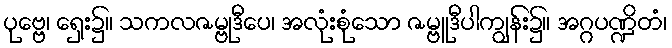
ပုဗ္ဗေ၊ ရှေး၌။ သကလဇမ္ဗုဒီပေ၊ အလုံးစုံသော ဇမ္ဗူဒီပါကျွန်း၌။ အဂ္ဂပဏ္ဍိတံ၊